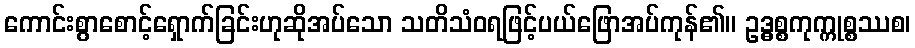
ကောင်းစွာစောင့်ရှောက်ခြင်းဟုဆိုအပ်သော သတိသံဝရဖြင့်ပယ်ဖြောအပ်ကုန်၏။ ဥဒ္ဓစ္စကုက္ကုစ္စဿစ၊